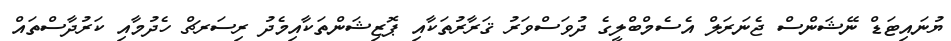
ޔުނައިޓަޑް ނޭޝަންސް ޖެނަރަލް އެސެމްބްލީގެ ދުވަސްވަރު ޤަރާރުތަކާއި ޕޮޒިޝަންތަކާއިމެދު ރިސަރޗް ހެދުމާއި ކަރުދާސްތައް